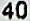
40